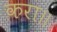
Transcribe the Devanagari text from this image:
करा॥